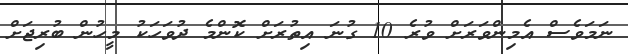
ނަމަވެސް އެމިންވަރަށް ވުރެ 10 ގުނަ އިތުރަށް ކޮންމެ ދުވަހަކު މީހުން ބުރިޖަށް